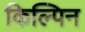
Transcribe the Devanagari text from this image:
किल्पिन